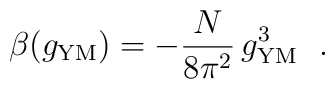
\beta(g_{\rm YM}) = -\frac{N}{8\pi^2}\,g_{\rm YM}^3~~.